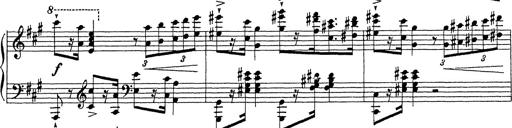
Title: Ballade No.1
Composer: Richard St. Clair